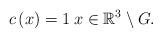
LaTeX: \begin{align*}c\left( x\right) =1\>x\in \mathbb{R}^{3}\setminus G.\end{align*}